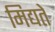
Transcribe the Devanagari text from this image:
मिद्यते